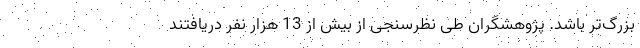
بزرگ‌تر باشد. پژوهشگران طی نظرسنجی از بیش از 13 هزار نفر دریافتند